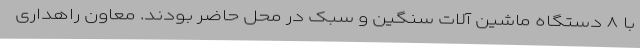
با ۸ دستگاه ماشین آلات سنگین و سبک در محل حاضر بودند. معاون راهداری